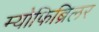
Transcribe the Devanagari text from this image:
म्योफिब्रिलर